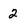
Character: 2